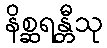
နိစ္ဆရန္တီသု